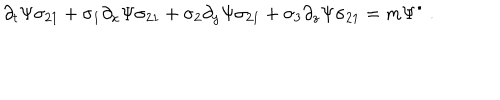
\partial _ { t } \Psi \sigma _ { 2 1 } + \sigma _ { 1 } \partial _ { x } \Psi \sigma _ { 2 1 } + \sigma _ { 2 } \partial _ { y } \Psi \sigma _ { 2 1 } + \sigma _ { 3 } \partial _ { z } \Psi \sigma _ { 2 1 } = m \Psi ^ { \bullet } ~ .